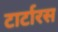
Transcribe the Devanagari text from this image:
टार्टारस